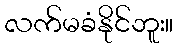
လက်မခံနိုင်ဘူး။